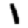
Digit: 1